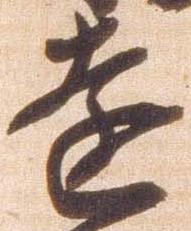
遠